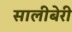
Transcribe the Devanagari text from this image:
सालीबेरी